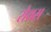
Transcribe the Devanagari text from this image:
रौयस